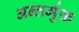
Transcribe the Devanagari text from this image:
अन्तर्मुक्त